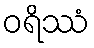
ဝရိဿံ